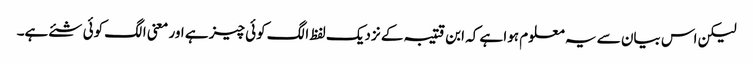
لیکن اس بیان سے یہ معلوم ہوا ہے کہ ابن قتیبہ کے نزدیک لفظ الگ کوئی چیز ہے اور معنی الگ کوئی شئے ہے۔